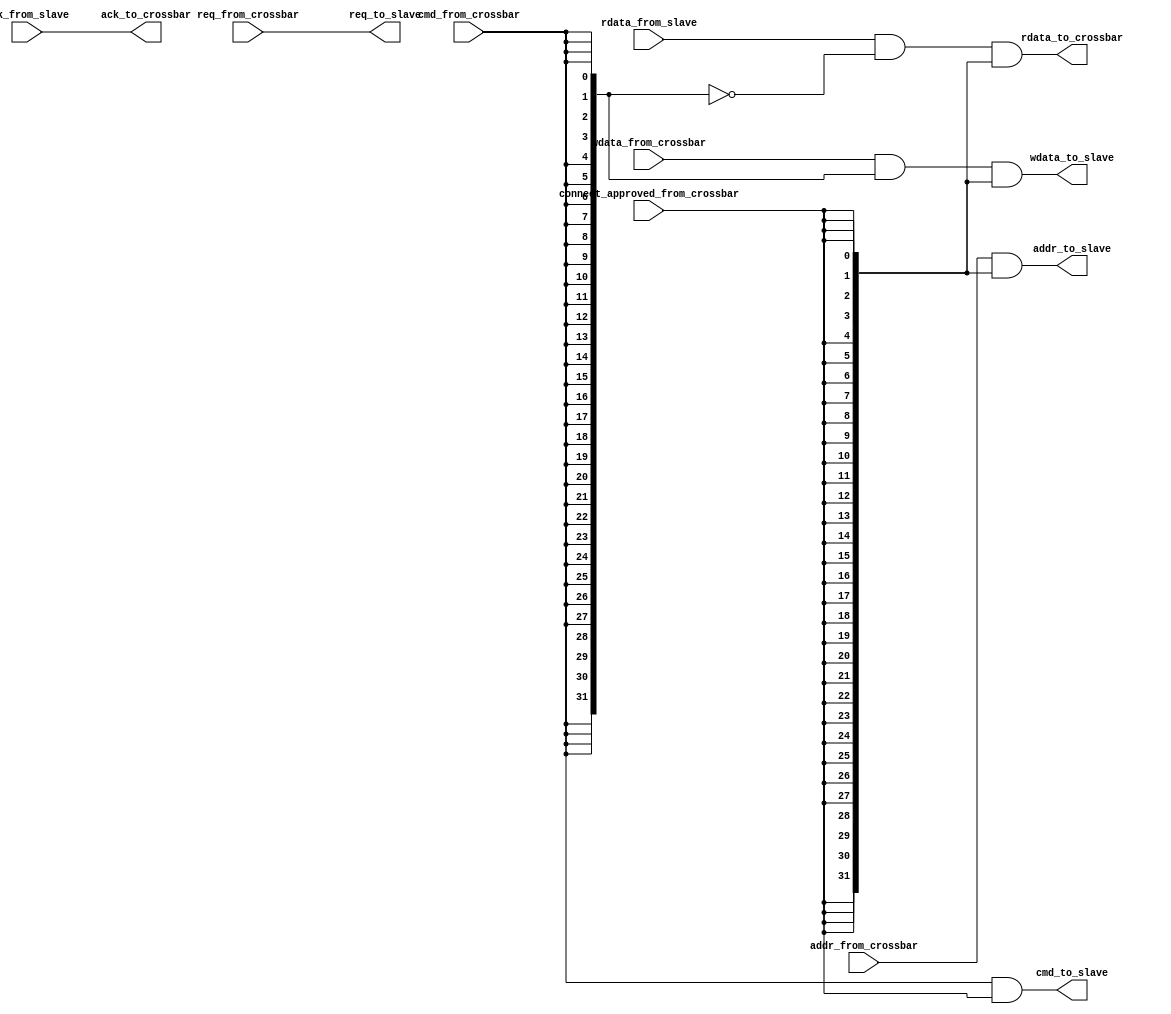
module slave_if(

  input wire ack_from_slave,
  input wire [31:0] rdata_from_slave,
  
  input wire req_from_crossbar,
  input wire [31:0] addr_from_crossbar,
  input wire [31:0] wdata_from_crossbar,
  input wire cmd_from_crossbar,
  
  input wire connect_approved_from_crossbar,
  
  output reg ack_to_crossbar,    
  output reg [31:0] rdata_to_crossbar,
  
  output req_to_slave,
  output [31:0] addr_to_slave,
  output [31:0] wdata_to_slave,
  output cmd_to_slave
);

assign req_to_slave = req_from_crossbar;
assign addr_to_slave  = addr_from_crossbar & {32{connect_approved_from_crossbar}};
assign wdata_to_slave = wdata_from_crossbar & {32{cmd_from_crossbar}} & {32{connect_approved_from_crossbar}}; //{32{cmd_from_crossbar}} <= write command
assign cmd_to_slave = cmd_from_crossbar & connect_approved_from_crossbar;

always @(ack_from_slave, rdata_from_slave, cmd_from_crossbar, connect_approved_from_crossbar)
begin
  ack_to_crossbar = ack_from_slave;
  rdata_to_crossbar = rdata_from_slave & ~{32{cmd_from_crossbar}} & {32{connect_approved_from_crossbar}}; //~{32{cmd_from_crossbar}} <= read command
end

endmodule